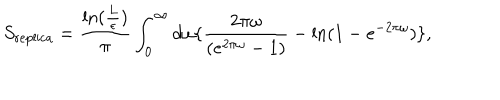
S _ { \mathrm { r e p l i c a } } = { \frac { \mathrm { l n } ( { \frac { L } { \epsilon } } ) } { \pi } } \int _ { 0 } ^ { \infty } d \omega \{ { \frac { 2 \pi \omega } { ( e ^ { 2 \pi \omega } - 1 ) } } - \mathrm { l n } ( 1 - e ^ { - 2 \pi \omega } ) \} ,